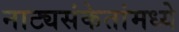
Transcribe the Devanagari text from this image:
नाट्यसंकेतांमध्ये